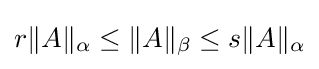
r\|A\|_{\alpha }\leq \|A\|_{\beta }\leq s\|A\|_{\alpha }